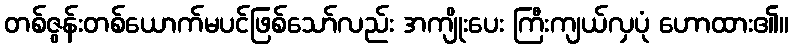
တစ်ဇွန်းတစ်ယောက်မပင်ဖြစ်သော်လည်း အကျိုးပေး ကြီးကျယ်လှပုံ ဟောထား၏။